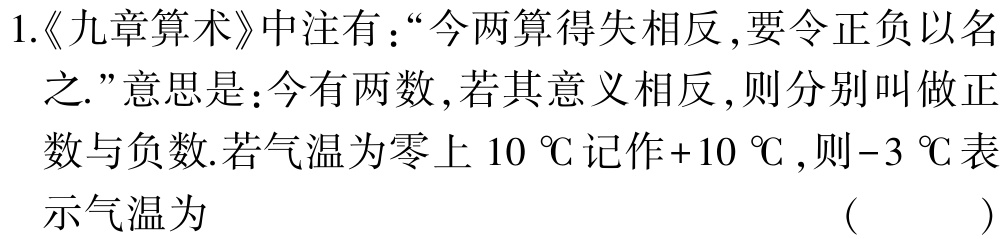
1.《九章算术》中注有：“今两算得失相反,要令正负以名之.”意思是：今有两数,若其意义相反,则分别叫做正数与负数.若气温为零上$10\ ^{\circ}\text{C}$记作$+10\ ^{\circ}\text{C}$,则$-3\ ^{\circ}\text{C}$表示气温为 （ ）